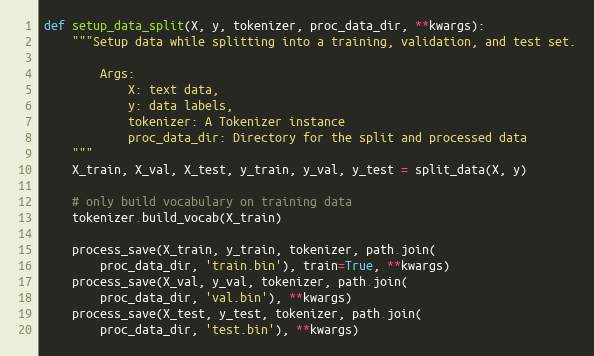
Language: Python
def setup_data_split(X, y, tokenizer, proc_data_dir, **kwargs):
    """Setup data while splitting into a training, validation, and test set.

        Args:
            X: text data,
            y: data labels,
            tokenizer: A Tokenizer instance
            proc_data_dir: Directory for the split and processed data
    """
    X_train, X_val, X_test, y_train, y_val, y_test = split_data(X, y)

    # only build vocabulary on training data
    tokenizer.build_vocab(X_train)

    process_save(X_train, y_train, tokenizer, path.join(
        proc_data_dir, 'train.bin'), train=True, **kwargs)
    process_save(X_val, y_val, tokenizer, path.join(
        proc_data_dir, 'val.bin'), **kwargs)
    process_save(X_test, y_test, tokenizer, path.join(
        proc_data_dir, 'test.bin'), **kwargs)